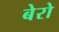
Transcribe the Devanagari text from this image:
बेरो